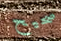
صحيح